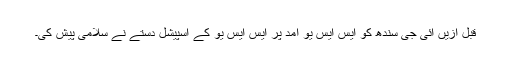
قبل ازیں آئی جی سندھ کو ایس ایس یو آمد پر ایس ایس یو کے اسپیشل دستے نے سلامی پیش کی۔